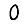
Digit: 0